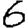
Digit: 6